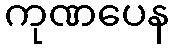
ကုဏပေန